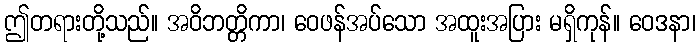
ဤတရားတို့သည်။ အဝိဘတ္တိကာ၊ ဝေဖန်အပ်သော အထူးအပြား မရှိကုန်။ ဝေဒနာ၊